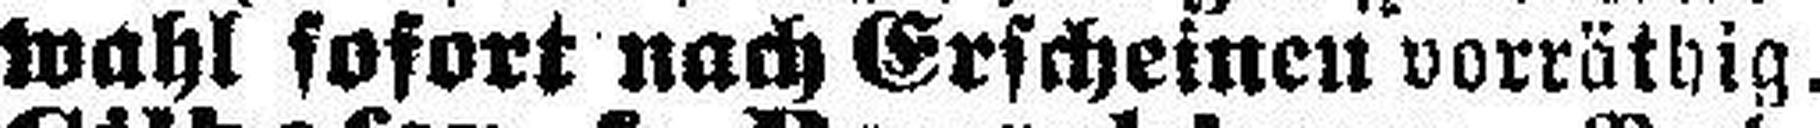
wahl sofort nach Erscheinen vorräthig.